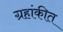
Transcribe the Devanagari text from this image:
ग्रहांकीत